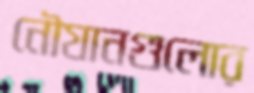
নৌযানগুলোর